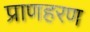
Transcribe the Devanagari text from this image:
प्राणहरण